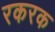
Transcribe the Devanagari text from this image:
रकरक